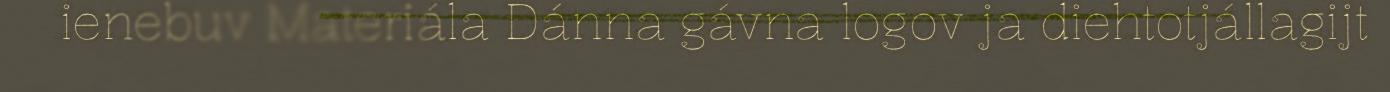
ienebuv Materiála Dánna gávna logov ja diehtotjállagijt